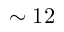
\sim 1 2